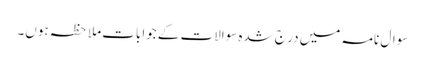
سوال نامہ میں در ج شدہ سوالات کے جوابات ملاحظہ ہوں۔